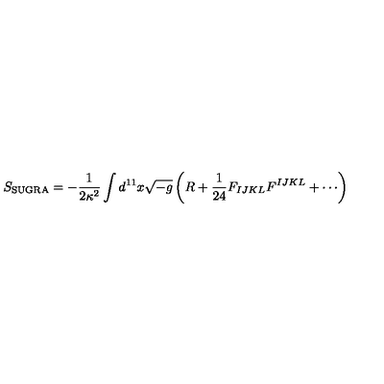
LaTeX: S _ { \mathrm { S U G R A } } = - { \frac { 1 } { 2 \kappa ^ { 2 } } } \int d ^ { 1 1 } x \sqrt { - g } \left( R + { \frac { 1 } { 2 4 } } F _ { I J K L } F ^ { I J K L } + \cdots \right)